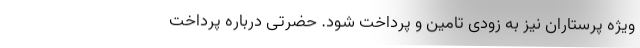
ویژه پرستاران نیز به زودی تامین و پرداخت شود. حضرتی درباره پرداخت